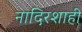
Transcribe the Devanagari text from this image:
नादिरशाही